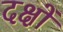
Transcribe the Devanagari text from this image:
दक्षों